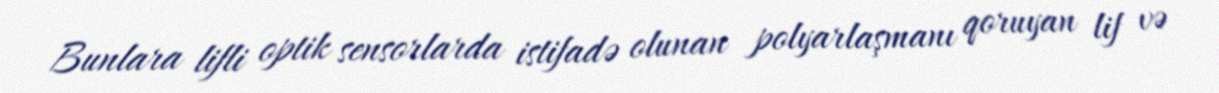
Bunlara lifli optik sensorlarda istifadə olunan polyarlaşmanı qoruyan lif və